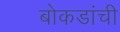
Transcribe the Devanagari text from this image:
बोकडांची